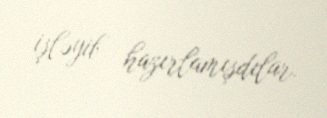
işləyib hazırlamışdılar.